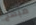
مبهج